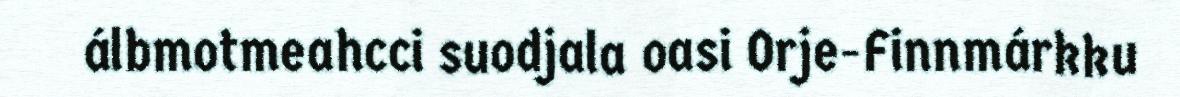
álbmotmeahcci suodjala oasi Orje-Finnmárkku